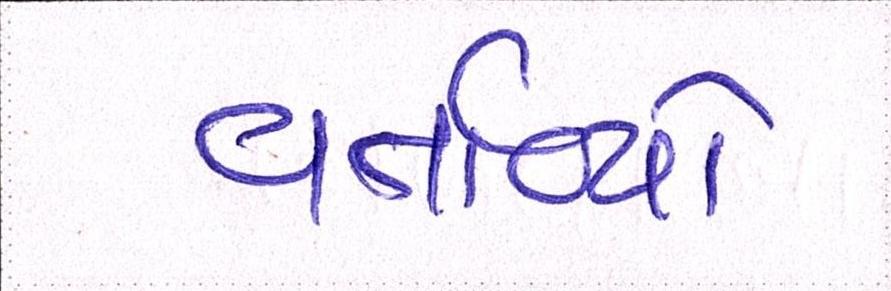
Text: વર્તાવ્યો